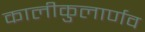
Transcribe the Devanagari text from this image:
कालीकुलार्णव